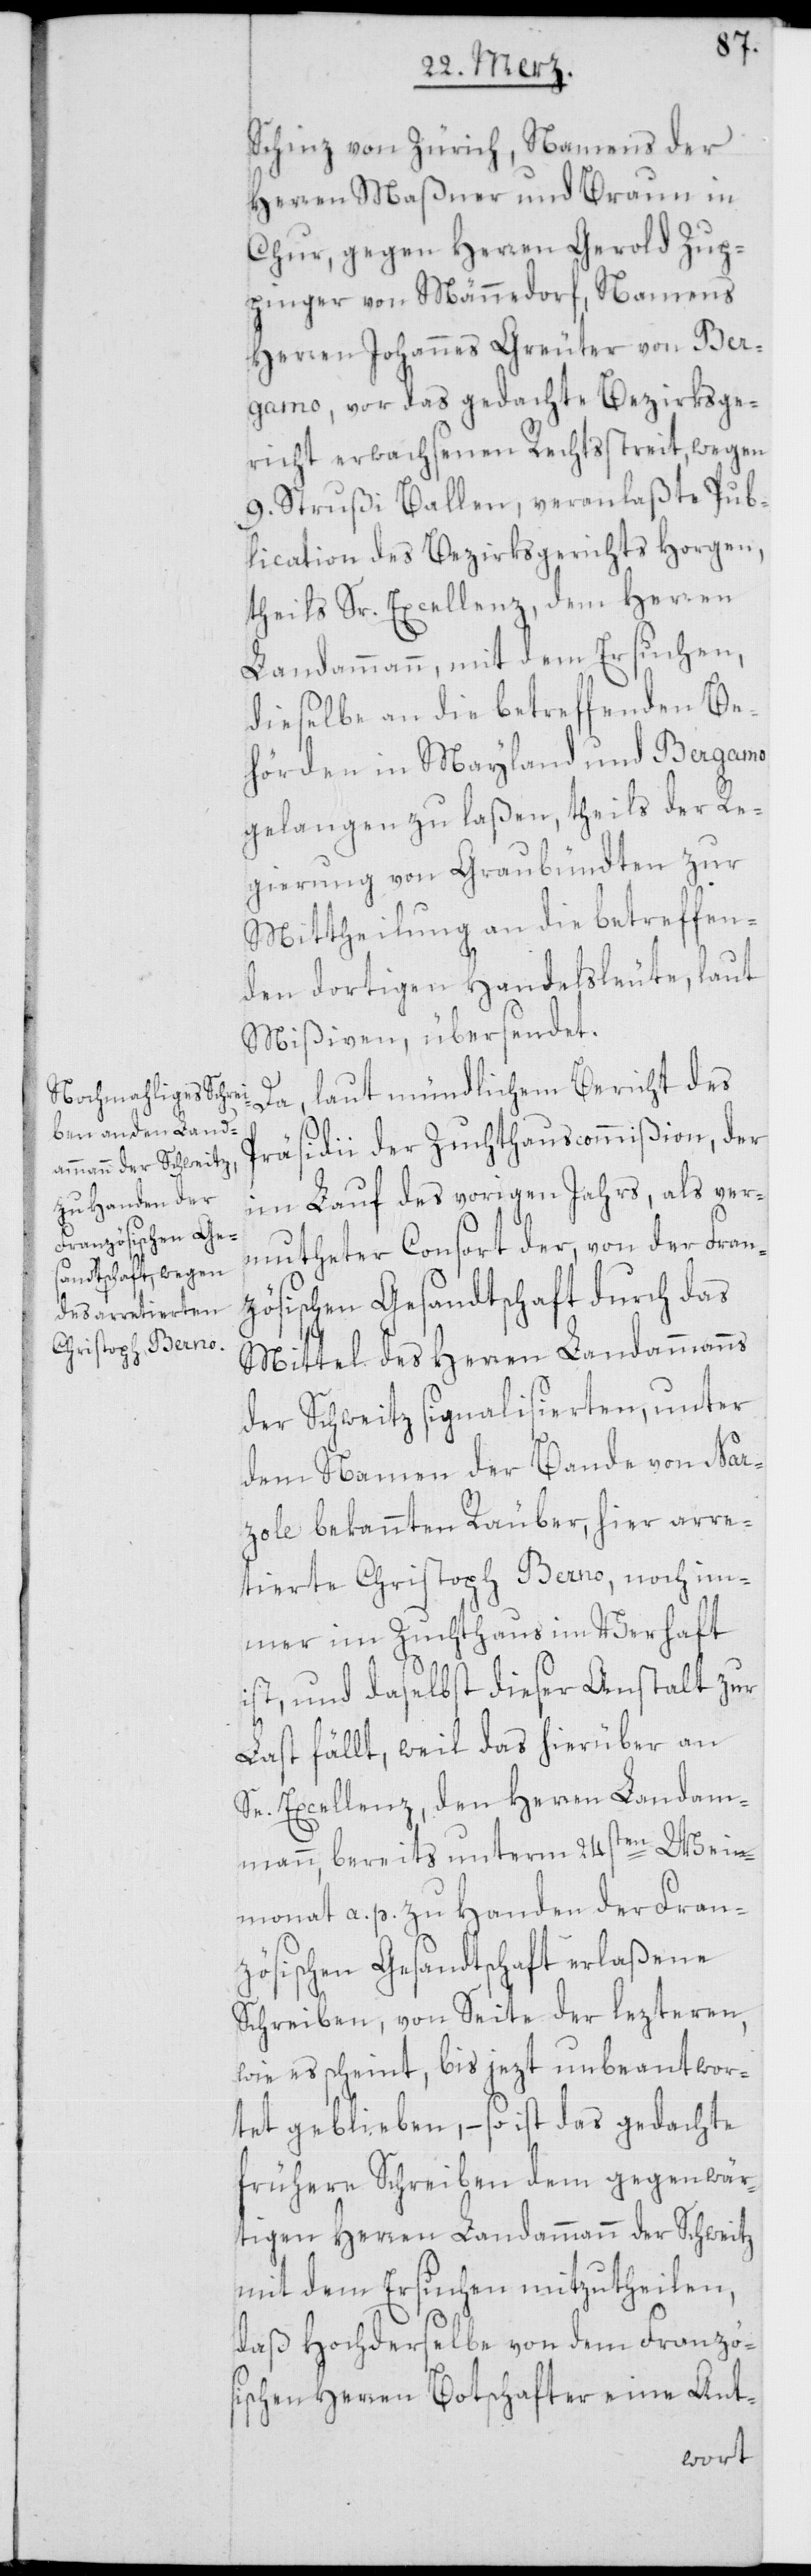
Schinz von Zürich, Namens der
Herren Maßner und Braun in
Chur, gegen Herren Gerold Zup¬
pinger von Männedorf, Namens
Herren Johannes Greuter von Ber¬
gamo, vor das gedachte Bezirksge¬
richt erwachsenen Rechtsstreit, wegen
9. Strußi Ballen, veranlaßte Pub¬
lication des Bezirksgerichts Horgen,
theils Sr. Excellenz, dem Herren
Landammann, mit dem Ersuchen,
dieselbe an die betreffenden Be¬
hörden in Mayland und Bergamo
gelangen zu laßen, theils der Re¬
gierung von Graubündten zur
Mittheilung an die betreffen¬
den dortigen Handelsleute, laut
Mißiven, übersendet.
laut mündlichem Bericht des
Da,
Präsidii der Zuchthauscommißion, der
im Lauf des vorigen Jahrs, als ver¬
mutheter Consort der, von der Fran¬
zösischen Gesandtschaft durch das
Mittel des Herren Landammanns
der Schweitz signalisierten, unter
dem Namen der Bande von Nar¬
zole bekannten Räuber, hier arre¬
tierte Christoph Berno, noch im¬
mer im Zuchthaus im Verhaft
ist, und daselbst dieser Anstalt zur
Last fällt, weil das hierüber an
Se. Excellenz, den Herren Landam¬
mann, bereits unterm 24sten Wein¬
monat a. p. zu Handen der Fran¬
zösischen Gesandtschaft erlaßene
Schreiben, von Seite der lezteren,
wie es scheint, bis jezt unbeantwor¬
tet geblieben, – so ist das gedachte
frühere Schreiben dem gegenwär¬
tigen Herren Landammann der Schweitz
mit dem Ersuchen mitzutheilen,
daß Hochderselbe von dem Franzö¬
sischen Herren Botschafter eine Ant-